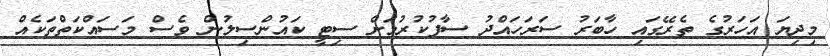
މިދިޔަ އަހަރުގެ ތެރޭގައި ހާބަރު ސަރަހައްދު ސާފުކުރުމަށް ސިޓީ ކައުންސިލުން ވެސް މަސައްކަތްތަކެއް